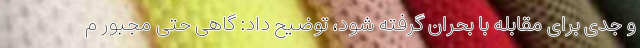
و جدی برای مقابله با بحران گرفته شود، توضیح داد: گاهی حتی مجبور م